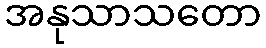
အနုသာသတော